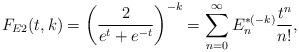
LaTeX: \begin{align*}F_{E2}(t,k)=\left( \frac{2}{e^{t}+e^{-t}}\right) ^{-k}=\sum_{n=0}^{\infty}E_{n}^{\ast (-k)}\frac{t^{n}}{n!}, \end{align*}